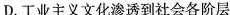
D.工业主义文化渗透到社会各阶层